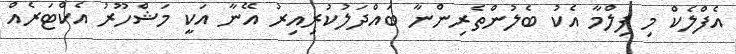
އެފްލެކް މި ފިލްމާ އެކު ބެލުންތެރިންނާ ބައްދަލުކުރިއިރު އޭނާ އަކީ މަޝްހޫރު އެކްޓަރެއް